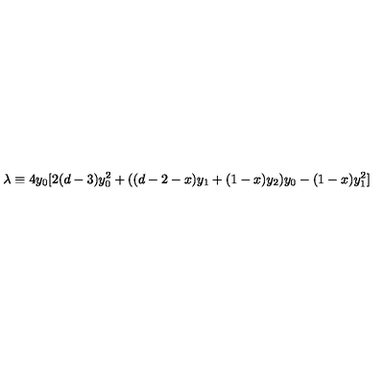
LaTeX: \lambda \equiv 4 y _ { 0 } [ 2 ( d - 3 ) y _ { 0 } ^ { 2 } + ( ( d - 2 - x ) y _ { 1 } + ( 1 - x ) y _ { 2 } ) y _ { 0 } - ( 1 - x ) y _ { 1 } ^ { 2 } ]